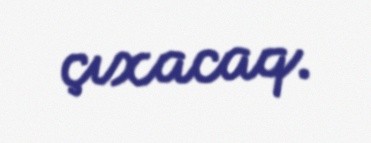
çıxacaq.